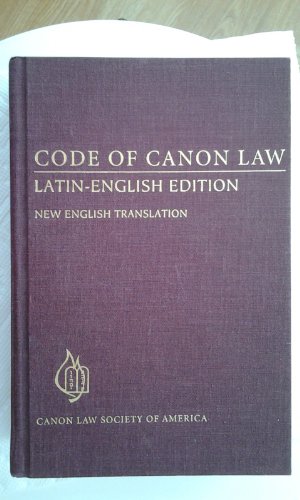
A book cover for Code of Canon Law: Latin-English Edition, New English Translation (English and Latin Edition); Christian Books & Bibles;